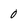
Character: 0